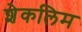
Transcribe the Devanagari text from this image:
शेकलिम